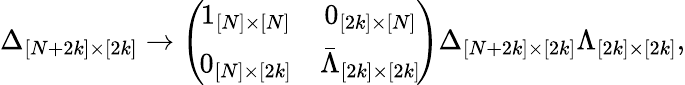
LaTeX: \Delta_{[N+2k]\times[2k]}\rightarrow\left(\! \begin{array}{cc}{{1_{[N]\times[N]}}}&{{0_{[2k]\times[N]}}}\\ {{0_{[N]\times[2k]}}}&{{\bar{\Lambda}_{[2k]\times[2k]}}}\end{array}\! \right)\Delta_{[N+2k]\times[2k]}\Lambda_{[2k]\times[2k]},